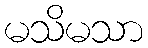
မသိမသာ